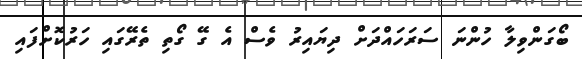
ބޯގަންވިލާ ހުންނަ ސަރަހައްދަށް ދިޔައިރު ވެސް އެ ގޭ ގޯތި ތެރޭގައި ހަރުކޮށްފައި